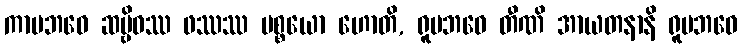
ကာမဘဝေ ဆဗ္ဗိဓဿ ဖဿဿ ပစ္စယော ဟောတိ, ရူပဘဝေ တီဏိ အာယတနာနိ ရူပဘဝေ